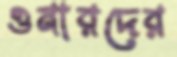
ওনারদের